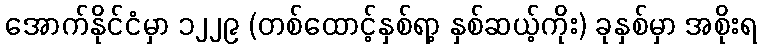
အောက်နိုင်ငံမှာ ၁၂၂၉ (တစ်ထောင့်နှစ်ရာ့ နှစ်ဆယ့်ကိုး) ခုနှစ်မှာ အစိုးရ